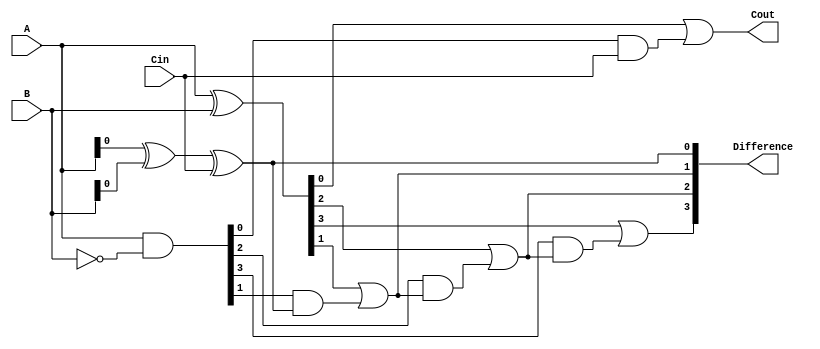
module CarryLookaheadSubtractor (
    input [3:0] A,
    input [3:0] B,
    input Cin,
    output [3:0] Difference,
    output Cout
);

wire [3:0] Pg, Gg;

assign Pg = A & ~B;
assign Gg = A ^ B;

assign Difference[0] = A[0] ^ B[0] ^ Cin;
assign Cout = Gg[0] | (Pg[0] & Cin);

genvar i;
generate
    for (i = 1; i < 4; i = i + 1) begin : Subtractor_logic
        assign Difference[i] = Gg[i] | (Pg[i] & Difference[i-1]);
    end
endgenerate

endmodule